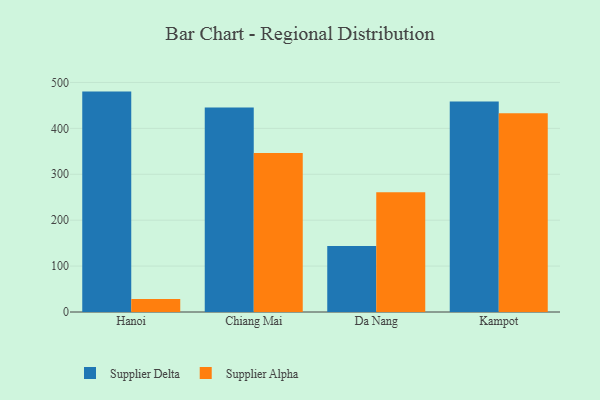
{"axis": {"x": "City", "y": "Shipments"}, "legend": ["Supplier Alpha", "Supplier Delta"], "data": [{"x": "Hanoi", "y": 480.1, "type": "Supplier Delta"}, {"x": "Hanoi", "y": 28.3, "type": "Supplier Alpha"}, {"x": "Chiang Mai", "y": 445.5, "type": "Supplier Delta"}, {"x": "Chiang Mai", "y": 346.2, "type": "Supplier Alpha"}, {"x": "Da Nang", "y": 143.8, "type": "Supplier Delta"}, {"x": "Da Nang", "y": 261.1, "type": "Supplier Alpha"}, {"x": "Kampot", "y": 458.7, "type": "Supplier Delta"}, {"x": "Kampot", "y": 432.9, "type": "Supplier Alpha"}]}